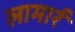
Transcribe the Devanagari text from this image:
लामार्र